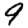
Digit: 9